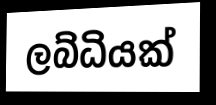
ලබ්ධියක්